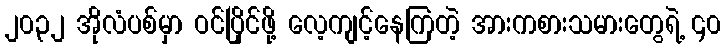
၂၀၃၂ အိုလံပစ်မှာ ဝင်ပြိုင်ဖို့ လေ့ကျင့်နေကြတဲ့ အားကစားသမားတွေရဲ့ ၄၀